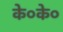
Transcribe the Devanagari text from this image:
के०के०